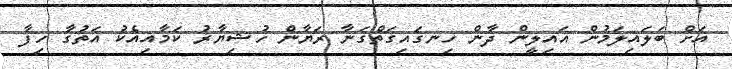
އަށް ބަލައިލަމުން އައިލީން ދާން ހިނގައިގަތްގަނާ ރަޔާން ހުޝިޔާޜު ކަމާއިއެކު އަތުގާ ހިފާ